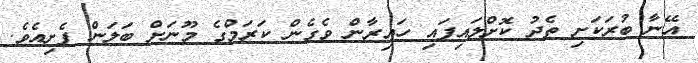
އޭނާ ބުރަކަށި ތެދު ކޮށްލައިފައި ހައިރާން ވެގެން ކަރަމްގެ މޫނަށް ބަލަން ފެށިއެވެ.